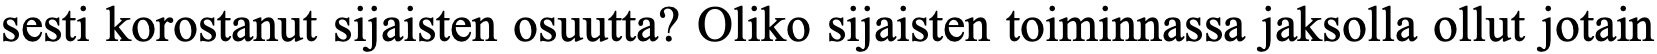
sesti korostanut sijaisten osuutta? Oliko sijaisten toiminnassa jaksolla ollut jotain